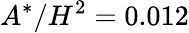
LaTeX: A^{*}/H^{2}=0.012